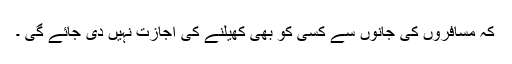
کہ مسافروں کی جانوں سے کسی کو بھی کھیلنے کی اجازت نہیں دی جائے گی ۔